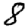
Digit: 8